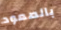
بالصعود